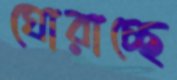
ঘোরাচ্ছে